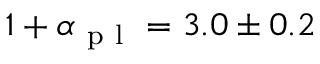
1 + \alpha _ { \mathrm { ~ p ~ l ~ } } = 3 . 0 \pm 0 . 2